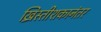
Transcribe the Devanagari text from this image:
ख्रिस्तीशकानंतर